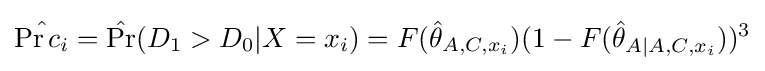
{\hat {\Pr {c_{i}}}}={\hat {\Pr }}(D_{1}>D_{0}|X=x_{i})=F({\hat {\theta }}_{A,C,x_{i}})(1-F({\hat {\theta }}_{A|A,C,x_{i}}))^{3}